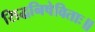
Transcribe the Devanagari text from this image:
सिद्धनिषेविताः॥